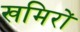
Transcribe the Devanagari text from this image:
खमिरों